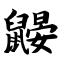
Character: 鼹